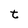
Character: t